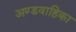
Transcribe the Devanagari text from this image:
अण्डवाहिका